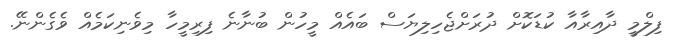
ފިލްމީ ދާއިރާއާ ކުޑަކޮށް ދުރަށްޖެހިލިޔަސް ބައެއް މީހުން ބުނާނެ ފިރިމީހާ މިވެނިކަމެއް ވެގެންނޭ.